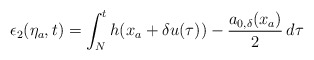
\begin{align*}\epsilon_2(\eta_a,t) = \int_N^t h(x_a+\delta u(\tau))-\dfrac{a_{0,\delta}(x_a)}{2}\,d\tau\end{align*}